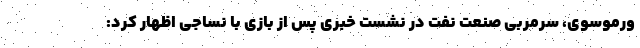
ورموسوی، سرمربی صنعت نفت در نشست خبری پس از بازی با نساجی اظهار کرد: